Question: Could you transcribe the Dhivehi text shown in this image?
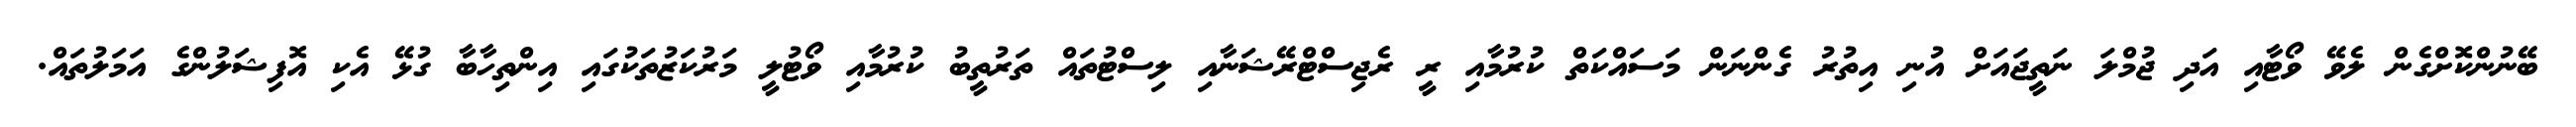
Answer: ބޭނުންކޮށްގެން ލެވޭ ވޯޓާއި އަދި ޖުމްލަ ނަތީޖައަށް އުނި އިތުރު ގެންނަން މަސައްކަތް ކުރުމާއި ރީ ރެޖިސްޓްރޭޝަނާއި ލިސްޓުތައް ތަރުތީބު ކުރުމާއި ވޯޓުލީ މަރުކަޒުތަކުގައި އިންތިހާބާ ގުޅޭ އެކި އޮފިޝަލުންގެ އަމަލުތައް.